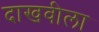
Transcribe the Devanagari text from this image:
दाखवीला